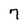
Character: 7